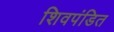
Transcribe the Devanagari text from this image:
शिवपंडित